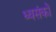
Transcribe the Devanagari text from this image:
ध्वसंकों